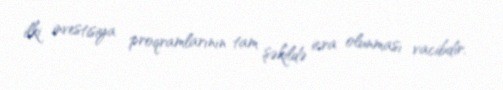
ilki investisiya proqramlarının tam şəkildə icra olunması vacibdir.